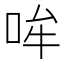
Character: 哞